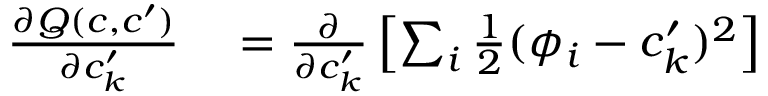
\begin{array} { r l } { \frac { \partial Q ( c , c ^ { \prime } ) } { \partial c _ { k } ^ { \prime } } } & { { } = \frac { \partial } { \partial c _ { k } ^ { \prime } } \left[ \sum _ { i } \frac { 1 } { 2 } ( \phi _ { i } - c _ { k } ^ { \prime } ) ^ { 2 } \right] } \end{array}